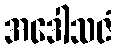
အဒေါသဇံ